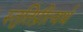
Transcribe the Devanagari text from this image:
स्तुतिप्रीत्यर्थ